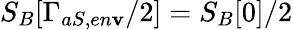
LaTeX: S_{B}[\Gamma_{aS,en\mathbf{v}}/2]=S_{B}[0]/2